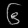
Digit: ၆